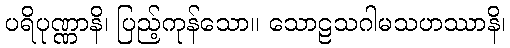
ပရိပုဏ္ဏာနိ၊ ပြည့်ကုန်သော။ သောဠသဂါမသဟဿာနိ၊